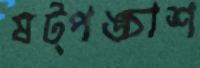
ষট্‌পঙ্চাশ